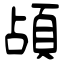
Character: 頕